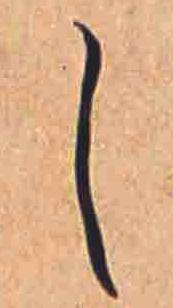
し